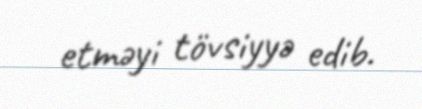
etməyi tövsiyyə edib.